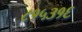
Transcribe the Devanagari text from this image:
८१५३१६